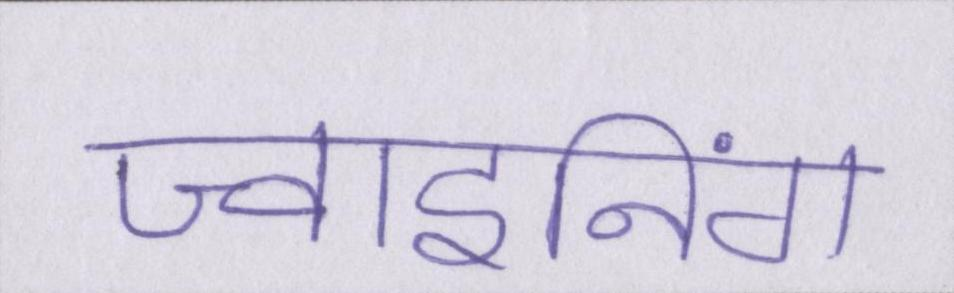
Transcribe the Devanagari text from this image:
ज्वाइनिंग